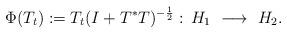
LaTeX: \begin{align*}\Phi(T_t):=T_t(I+T^*T)^{-\frac{1}{2}}:\,H_1\ \longrightarrow\ H_2.\end{align*}